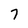
Character: 7